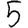
Digit: 5